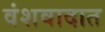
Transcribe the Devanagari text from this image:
वंशवादात